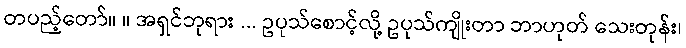
တပည့်တော်။ ။ အရှင်ဘုရား ... ဥပုသ်စောင့်လို့ ဥပုသ်ကျိုးတာ ဘာဟုတ် သေးတုန်း၊